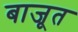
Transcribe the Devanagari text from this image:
बाजूत